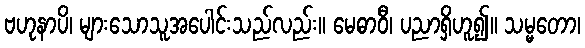
ဗဟုနာပိ၊ များသောသူအပေါင်းသည်လည်း။ မေဓာဝီ၊ ပညာရှိဟူ၍။ သမ္မတော၊